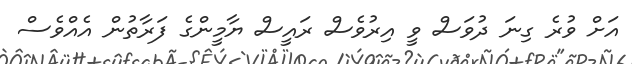
އަށް ވުރެ ގިނަ ދުވަސް ވީ އިރުވެސް ރައީސް ޔާމީންގެ ފަރާތުން އެއްވެސް